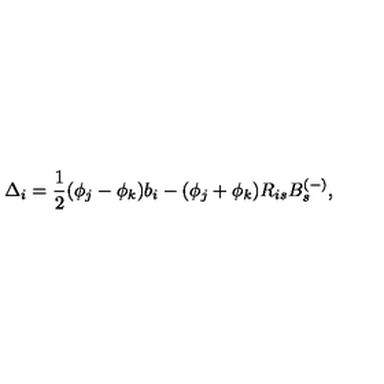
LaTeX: \Delta _ { i } = \frac { 1 } { 2 } ( \phi _ { j } - \phi _ { k } ) b _ { i } - ( \phi _ { j } + \phi _ { k } ) R _ { i s } B _ { s } ^ { ( - ) } ,